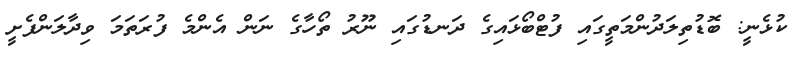
ކުޅެނީ: ބޮޑުތިލަދުންމަތީގައި ފުޓްބޯޅައިގެ ދަނޑުގައި ނޫރު ތޯހާގެ ނަން އެންމެ ފުރަތަމަ ވިދާލަންފެށީ